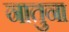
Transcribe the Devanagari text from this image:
नातुना